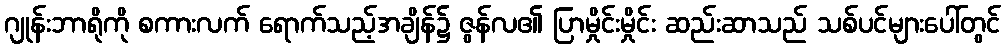
ဂျုန်းဘာရိုကို စကားလက် ရောက်သည့်အချိန်၌ ဇွန်လ၏ ပြာမှိုင်းမှိုင်း ဆည်းဆာသည် သစ်ပင်များပေါ်တွင်